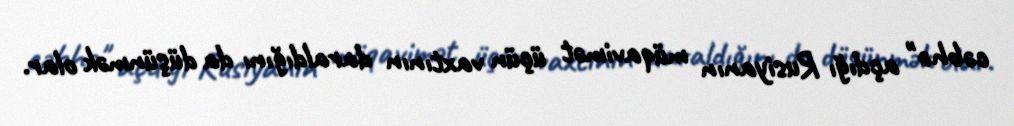
cəbhə" açdığı Rusiyanın müqavimət üçün vaxtının daraldığını da düşünmək olar.